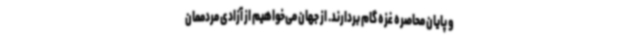
و پایان محاصره غزه گام بردارند. از جهان می‌خواهیم از آزادی مردممان